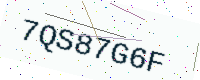
Text: 7QS87G6F